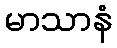
မာသာနံ